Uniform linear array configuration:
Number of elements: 12
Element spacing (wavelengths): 1
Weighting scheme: kaiser
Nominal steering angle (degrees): -15
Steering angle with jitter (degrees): -15.832
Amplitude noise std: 0.05
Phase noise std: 0.05

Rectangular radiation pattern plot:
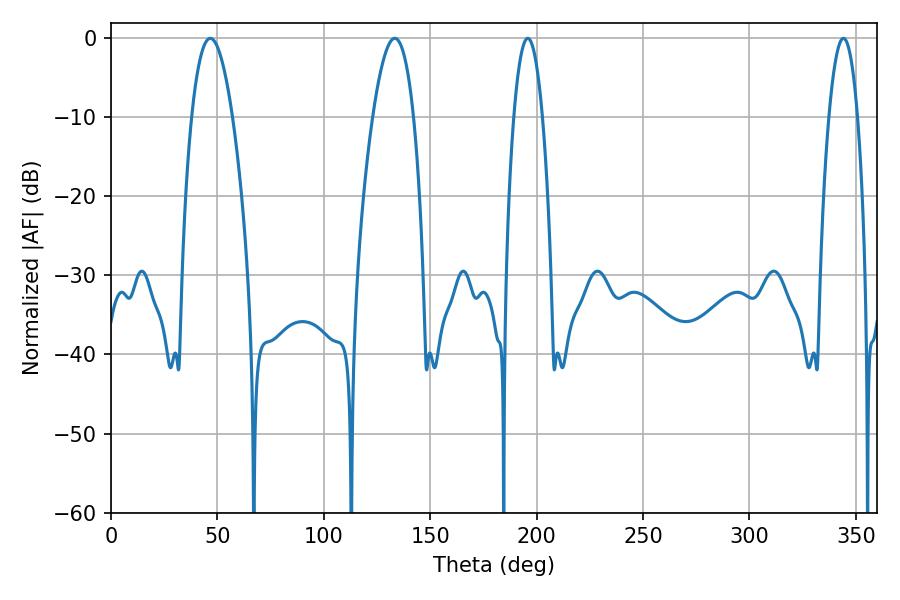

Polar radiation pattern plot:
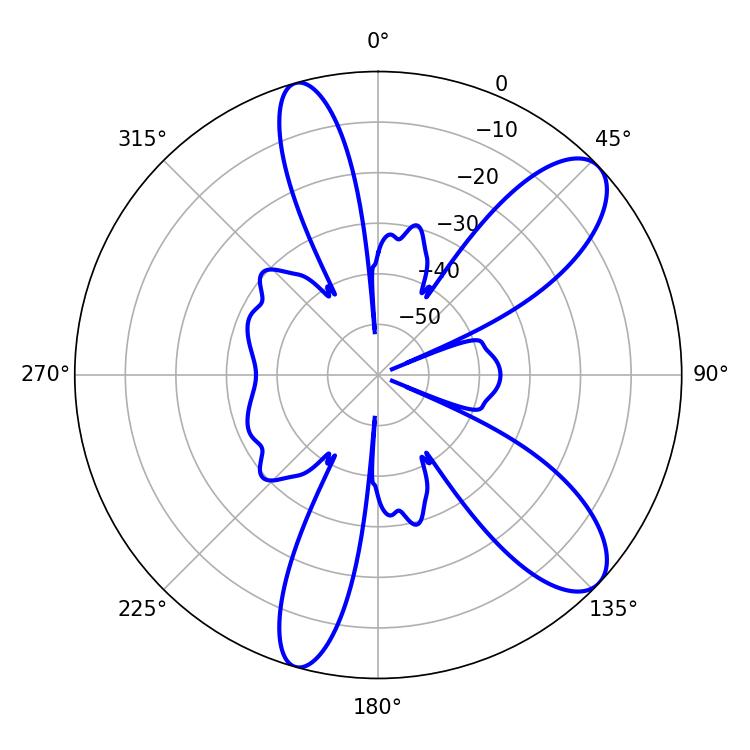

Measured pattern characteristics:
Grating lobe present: TRUE
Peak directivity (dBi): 9.748
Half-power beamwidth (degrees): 7.38
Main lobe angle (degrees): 195.84